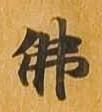
仏